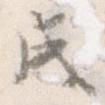
成